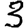
Digit: 3